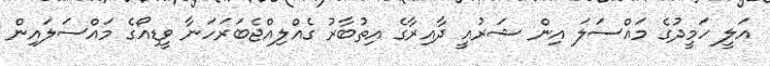
އަލީ ހަމީދުގެ މައްސަލަ އިން ޝަރުއީ ދާއިރާގެ އިތުބާރު ގެއްލިއްޖެބަރަހަނާ ވީޑިއޯގެ މައްސަލައިން